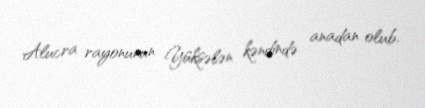
Alucra rayonunun Yüksələn kəndində anadan olub.